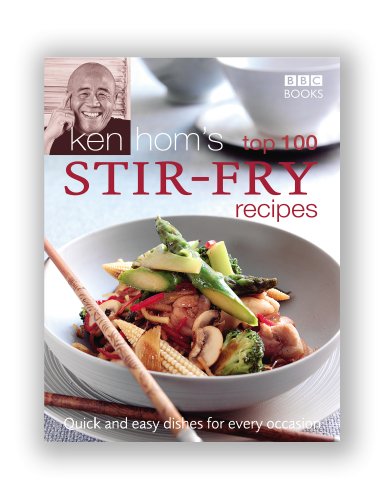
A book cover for Ken Hom's Top 100 Stir Fry Recipes: Quick and Easy Dishes for Every Occasion (BBC Books' Quick & Easy Cookery); Ken Hom; Cookbooks, Food & Wine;